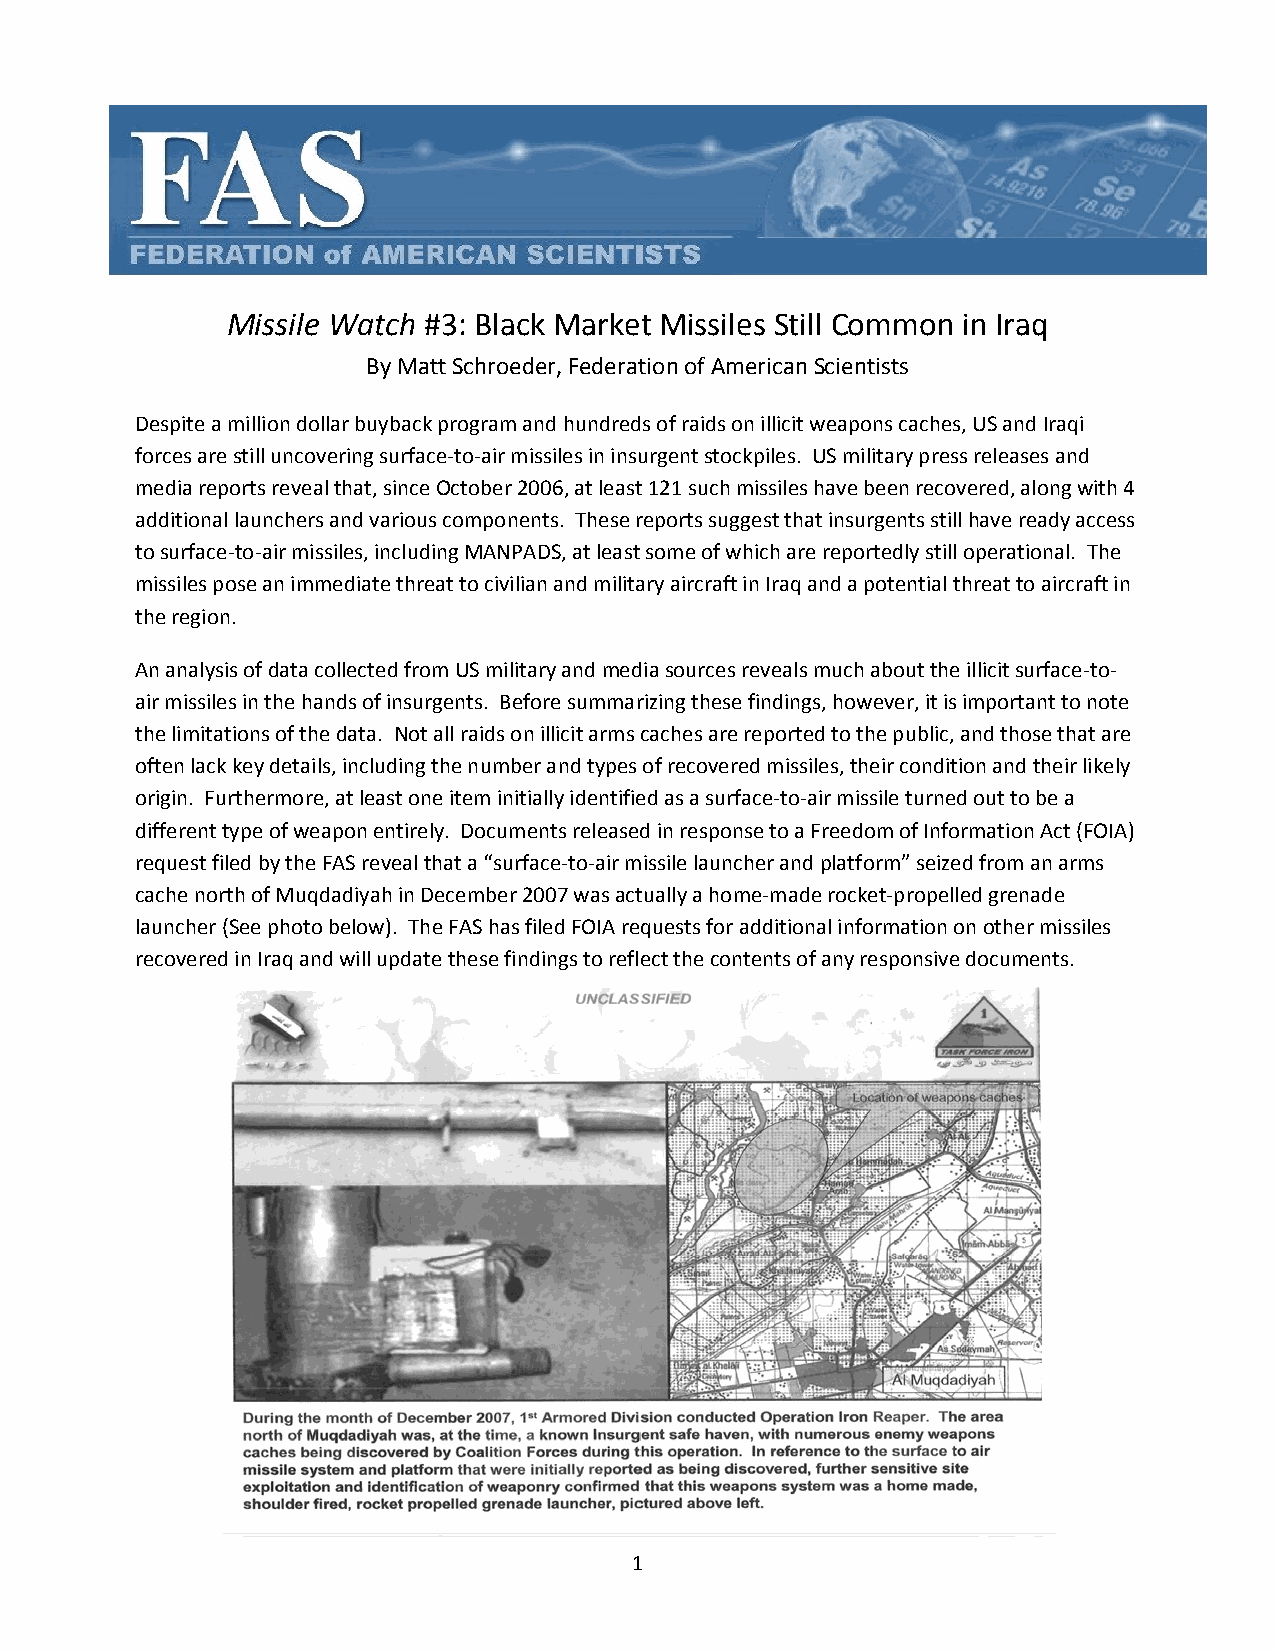
Missile Watch #3: Black Market Missiles Still Common in Iraq
 By Matt Schroeder, Federation of American Scientists
 Despite a million dollar buyback program and hundreds of raids on illicit weapons caches, US and Iraqi
 forces are still uncovering surface‐to‐air missiles in insurgent stockpiles. US military press releases and
 media reports reveal that, since October 2006, at least 121 such missiles have been recovered, along with 4
 additional launchers and various components. These reports suggest that insurgents still have ready access
 to surface‐to‐air missiles, including MANPADS, at least some of which are reportedly still operational. The
 missiles pose an immediate threat to civilian and military aircraft in Iraq and a potential threat to aircraft in
 the region.
 An analysis of data collected from US military and media sources reveals much about the illicit surface‐to‐
 air missiles in the hands of insurgents. Before summarizing these findings, however, it is important to note
 the limitations of the data. Not all raids on illicit arms caches are reported to the public, and those that are
 often lack key details, including the number and types of recovered missiles, their condition and their likely
 origin. Furthermore, at least one item initially identified as a surface‐to‐air missile turned out to be a
 different type of weapon entirely. Documents released in response to a Freedom of Information Act (FOIA)
 request filed by the FAS reveal that a “surface‐to‐air missile launcher and platform” seized from an arms
 cache north of Muqdadiyah in December 2007 was actually a home‐made rocket‐propelled grenade
 launcher (See photo below). The FAS has filed FOIA requests for additional information on other missiles
 recovered in Iraq and will update these findings to reflect the contents of any responsive documents.
 1